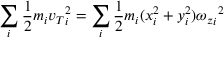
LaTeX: \sum _ { i } { \frac { 1 } { 2 } } m _ { i } { v _ { T } } _ { i } ^ { 2 } = \sum _ { i } { \frac { 1 } { 2 } } m _ { i } ( x _ { i } ^ { 2 } + y _ { i } ^ { 2 } ) { { \omega _ { z } } _ { i } } ^ { 2 }